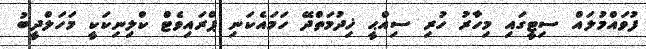
ފުވައްމުލައް ސިޓީގައި މިހާރު ހުރި ސިއްޙީ ޚިދުމަތްދޭ ހަމައެކަނި ޕްރައިވެޓް ކްލިނިކަކީ މަހަލްދީބު